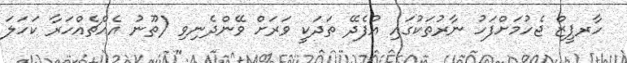
ހާރޕީޒް ޖެހުމަށްފަހު ނާރުތަކުގައި އުފެދޭ ތަދަކީ ވަރަށް ވޭންދެނިވި (ތޫނު އެއްޗެއްހަރާ ކަހަލަ